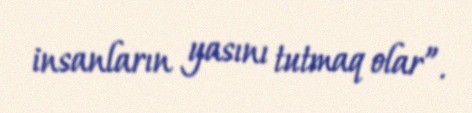
insanların yasını tutmaq olar”.